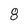
Character: 8